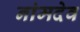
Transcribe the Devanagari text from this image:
नांमदेव